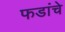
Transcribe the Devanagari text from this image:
फडांचे